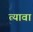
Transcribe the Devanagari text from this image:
त्यावा